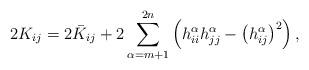
LaTeX: \begin{align*}2K_{ij}=2\bar K_{ij}+2\sum_{\alpha=m+1}^{2n}\left(h_{ii}^{\alpha}h_{jj}^{\alpha}-\left(h_{ij}^{\alpha}\right)^2\right),\end{align*}